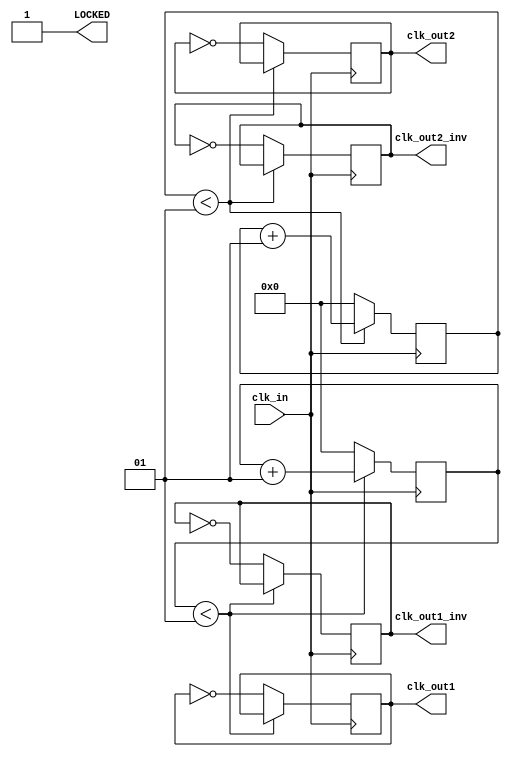
`timescale 1ns / 1ps
//% \addtogroup clock Clocking
//% @{


module clk_divider 

		#(parameter DIVIDER1=4, 
		  parameter DIVIDER2=4, 
		  parameter BASE_FREQUENCY=100, 
		  parameter PHASE_SHIFT=0)(
		
		// 100 MHZ input clock
		input clk_in, 
		// First output clock
		output reg clk_out1,
		// Inverse of first output clock
		output reg clk_out1_inv,
		// Second output clock
		output reg clk_out2,
		// Inverse of second output clock
		output reg clk_out2_inv,
		// LOCKED indicates that the PLL has stabalized and returns a stable and reliable signal.
		output wire LOCKED);

		
		// Counter for second clock and inverse of the second clock
		integer ctr1 = 0;
		// Counter for first clock and inverse of the first clock
		integer ctr2 = 0;

	// Task sets the first clock and its inverse bassed on the output frequency of the PLL and the selected DIVIDER1.
	task inc_divider1;
	begin
		if(DIVIDER1 == 0)
			begin
			clk_out1 <= ~clk_out1;
			clk_out1_inv <= ~clk_out1_inv;
			end
		else
		begin
			if(ctr1 < DIVIDER1 - 3)
				ctr1  <= ctr1 + 1;
			else begin
				ctr1  <= 0;
				clk_out1 <= ~clk_out1;
				clk_out1_inv <= ~clk_out1_inv;
			end
		end
	end
	endtask
	
	
	// Task sets the second clock and its inverse bassed on the output frequency of the PLL and the selected DIVIDER2.
	task inc_divider2;
	begin
		if(DIVIDER2 == 0)
			begin
			clk_out2 <= ~clk_out2;
			clk_out2_inv <= ~clk_out2_inv;
			end
		else
		begin
			if(ctr2 < DIVIDER2 - 3)
			begin
				ctr2  <= ctr2 + 1;
			end
			else begin
				ctr2  <= 0;
				clk_out2 <= ~clk_out2;
				clk_out2_inv <= ~clk_out2_inv;
			end
		end
	end
	endtask
	
	
	initial begin
		clk_out1 <= 0;
		clk_out1_inv <= 1;
		clk_out2 <= 0;
		clk_out2_inv <= 1;
	end
	
	always @ (posedge clk_in) begin
		inc_divider1();
		inc_divider2();
	end

    assign LOCKED = 1;

endmodule
//% @}